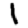
Digit: 1